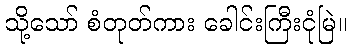
သို့သော် စံတုတ်ကား ခေါင်းကြီးငုံမြဲ။